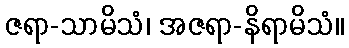
ဇရာ-သာမိသံ၊ အဇရာ-နိရာမိသံ။